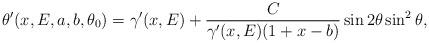
LaTeX: \begin{align*} \theta^\prime(x,E,a,b,\theta_0)=\gamma^\prime(x,E)+\frac{C}{\gamma^\prime(x,E) (1+x-b)}\sin2\theta\sin^2\theta, \end{align*}